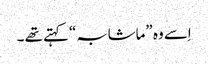
اِسے وہ ”ماشابہ“ کہتے تھے ۔